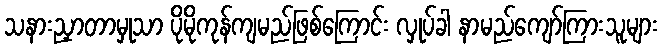
သနားညှာတာမှုသာ ပိုမိုကုန်ကျမည်ဖြစ်ကြောင်း လှုပ်ခါ နာမည်ကျော်ကြားသူများ